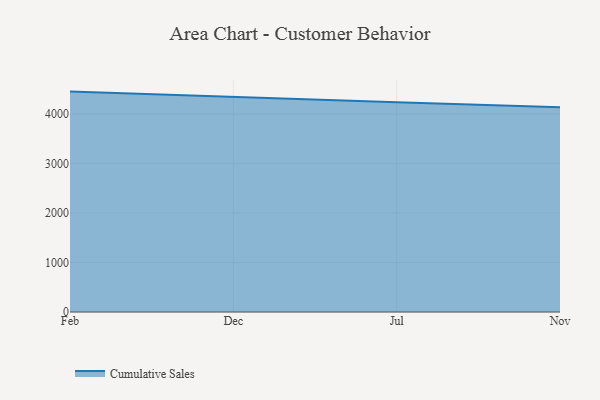
{"axis": {"x": "Month", "y": "Inventory Turnover"}, "legend": ["Cumulative Sales"], "data": [{"x": "Feb", "y": 4452.6, "type": "Cumulative Sales"}, {"x": "Dec", "y": 4339.4, "type": "Cumulative Sales"}, {"x": "Jul", "y": 4236.3, "type": "Cumulative Sales"}, {"x": "Nov", "y": 4137.3, "type": "Cumulative Sales"}]}